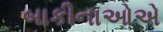
બાકીનાઓએ